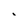
Character: i